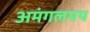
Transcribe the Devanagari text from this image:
अमंगलमय